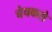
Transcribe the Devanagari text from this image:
चेचकसे